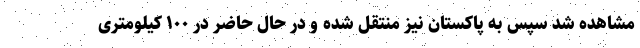
مشاهده شد سپس به پاکستان نیز منتقل شده و در حال حاضر در ۱۰۰ کیلومتری